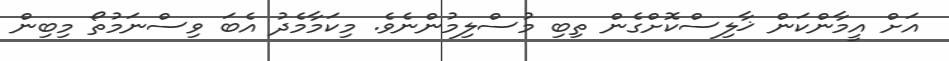
އަށް އީމާންކަން ޚާލިސްކޮށްގެން ތިބި މުސްލިމުންނެވެ. މިކަމާމެދު އެބަ ވިސްނަމުތޯ މިބިން